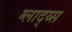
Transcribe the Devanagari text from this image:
ग्लाद्य्स